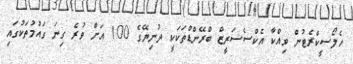
ހެލޯސީކްރެޓުން ވިއްކާ އެކްސެސަރީޒް ބްރޭންޑްތަކަކީ ދުނިޔޭގެ 100 އަށް ވުރެ ގިނަ ގައުމުތަކުގައި